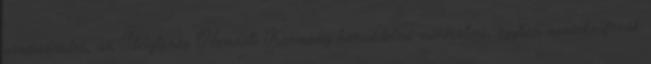
vezérezredes, az Ideiglenes Nemzeti Kormány honvédelmi minisztere, egyben vezérkarfõnök